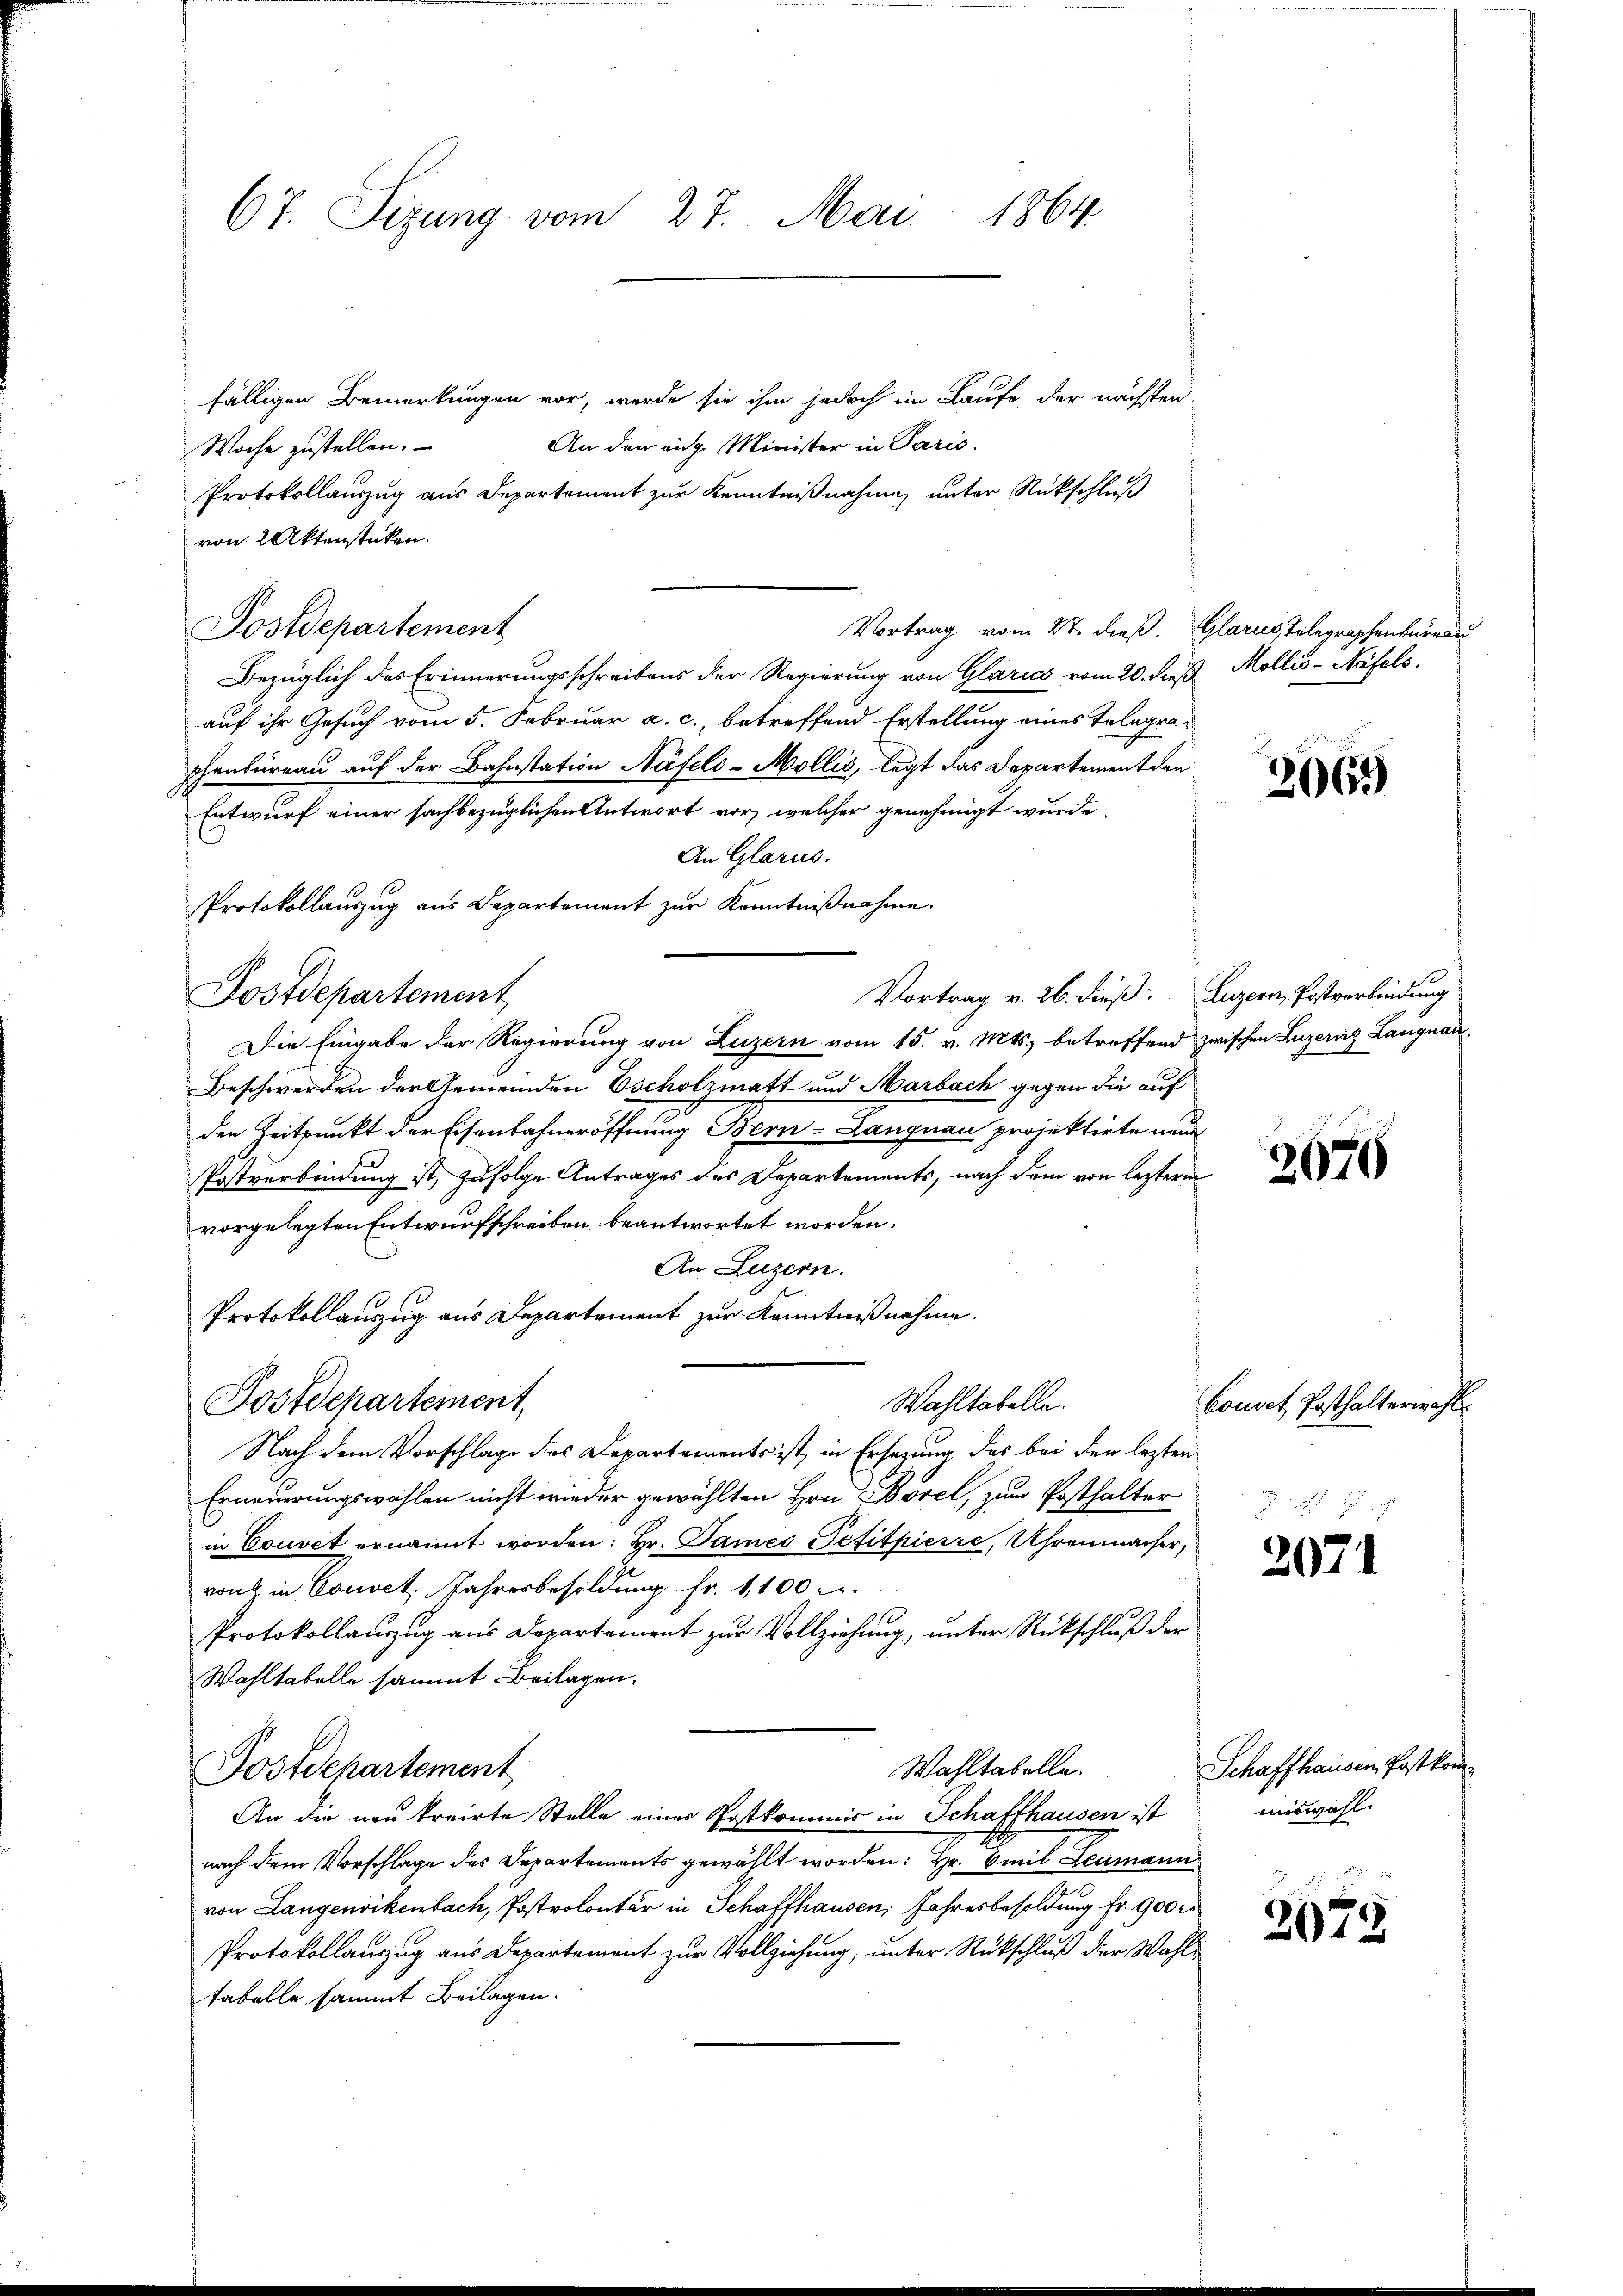
67. Sizung vom 27. Mai 1864.

fälligen Bemerkungen vor, werde sie ihm jedoch im Laufe der nächsten
An den eige Minister in Paris.
Woche zustellen.
Protokollauszug aus Departement zur Kenntnißnahme unter Rückschluß
von 2 Aktenstücken.
Postdepartement
Vortrag vom 27. dieß. Glarus, Telegraphenbureau
Bezüglich des Erinnerungsschreibens der Regierung von Glarics vom 20. dieß Mollis-Näfels,
auf ihr Gesuch vom 5. Februar a. c., betreffend Erstellung eines Telegraphenbüreau auf der Bahnstation Näfels-Mollis, legt das Departement den
Entwurf einer sachbezüglichen Antwort vor, welcher genehmigt wurde,
An Glarus.
Protokollauszug aus Departement zur Kenntnißnahme.
Vortrag v. 26. dieß: Luzern, Postverbindung
Postdepartement
Die Eingabe der Regierung von Luzern vom 15. v. Mts. betreffend zwischen Luzern Langnau¬
Beschwerden der Gemeinden Escholzmatt und Marbach gegen die auf
den Zeitpunkt der Eisenbahneröffnung Bern-Langnau projektirte neue
Postverbindung ist, zufolge Antrages des Departements, nach dem von letzteren
vorgelegten Entwurfschreiben beantwortet worden.
An Luzern.
Protokollauszug aus Departement zur Kenntnißnahme.
Wahltabelle.
Postdepartement
Nach dem Vorschlage des Departements ist, in Ersezung des bei den lezten
Erneuerungswahlen nicht wieder gewählten Hrn. Borel, zum Posthalter
in Couvet ernannt worden: Hr. James Tefitpierre, Uhrenmacher,
von in Couvet. Jahresbesoldung fr. 1,100 c.
Protokollauszug aus Departement zur Vollziehung, unter Rückschluß der
Wahltabelle sammt Beilagen.
Wahltabelle.
Postdepartement
An die neu trairte Stelle eines Postkommis in Schaffhausen ist
nach dem Vorschlage des Departements gewählt worden: Hr. Emil Leumann
von Langenvikenbach, Postrolontär in Schaffhausen, Jahresbesoldung fr. 900 r
Protokollauszug aus Departement zur Vollziehung, unter Rückschluß der Wahle
fabelle sammt Beilagen.

2062)

2676

Couvet Posthalterwahl

2071

Schaffhausen, Post kommiswahl.

2079